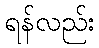
ရန်လည်း